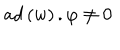
a d \left( w \right) . \varphi \neq 0